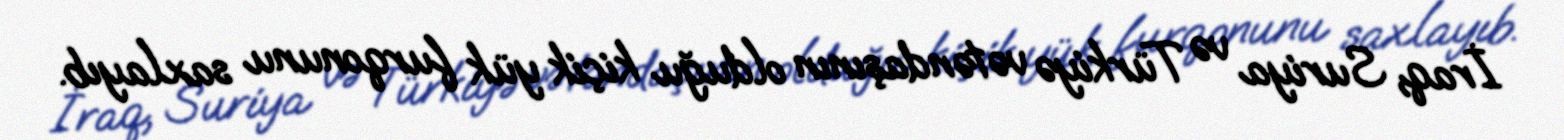
İraq, Suriya və Türkiyə vətəndaşının olduğu kiçik yük furqonunu saxlayıb.